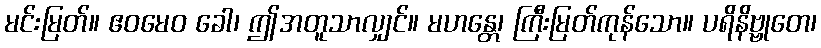
မင်းမြတ်။ ဧဝမေဝ ခေါ၊ ဤအတူသာလျှင်။ မဟန္တေ၊ ကြီးမြတ်ကုန်သော။ ပရိနိဗ္ဗုတေ၊